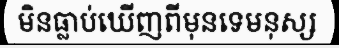
មិនធ្លាប់ឃើញពីមុនទេមនុស្ស